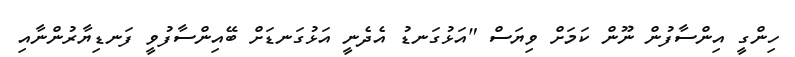
ހިންގީ އިންސާފުން ނޫން ކަމަށް ވިޔަސް "އަޅުގަނޑު އެދެނީ އަޅުގަނޑަށް ބޭއިންސާފުވީ ފަނޑިޔާރުންނާއި